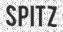
SPITZ